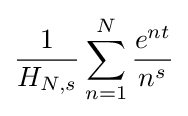
{\frac {1}{H_{N,s}}}\sum \limits _{n=1}^{N}{\frac {e^{nt}}{n^{s}}}